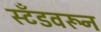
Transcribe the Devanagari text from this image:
स्टँडवरून